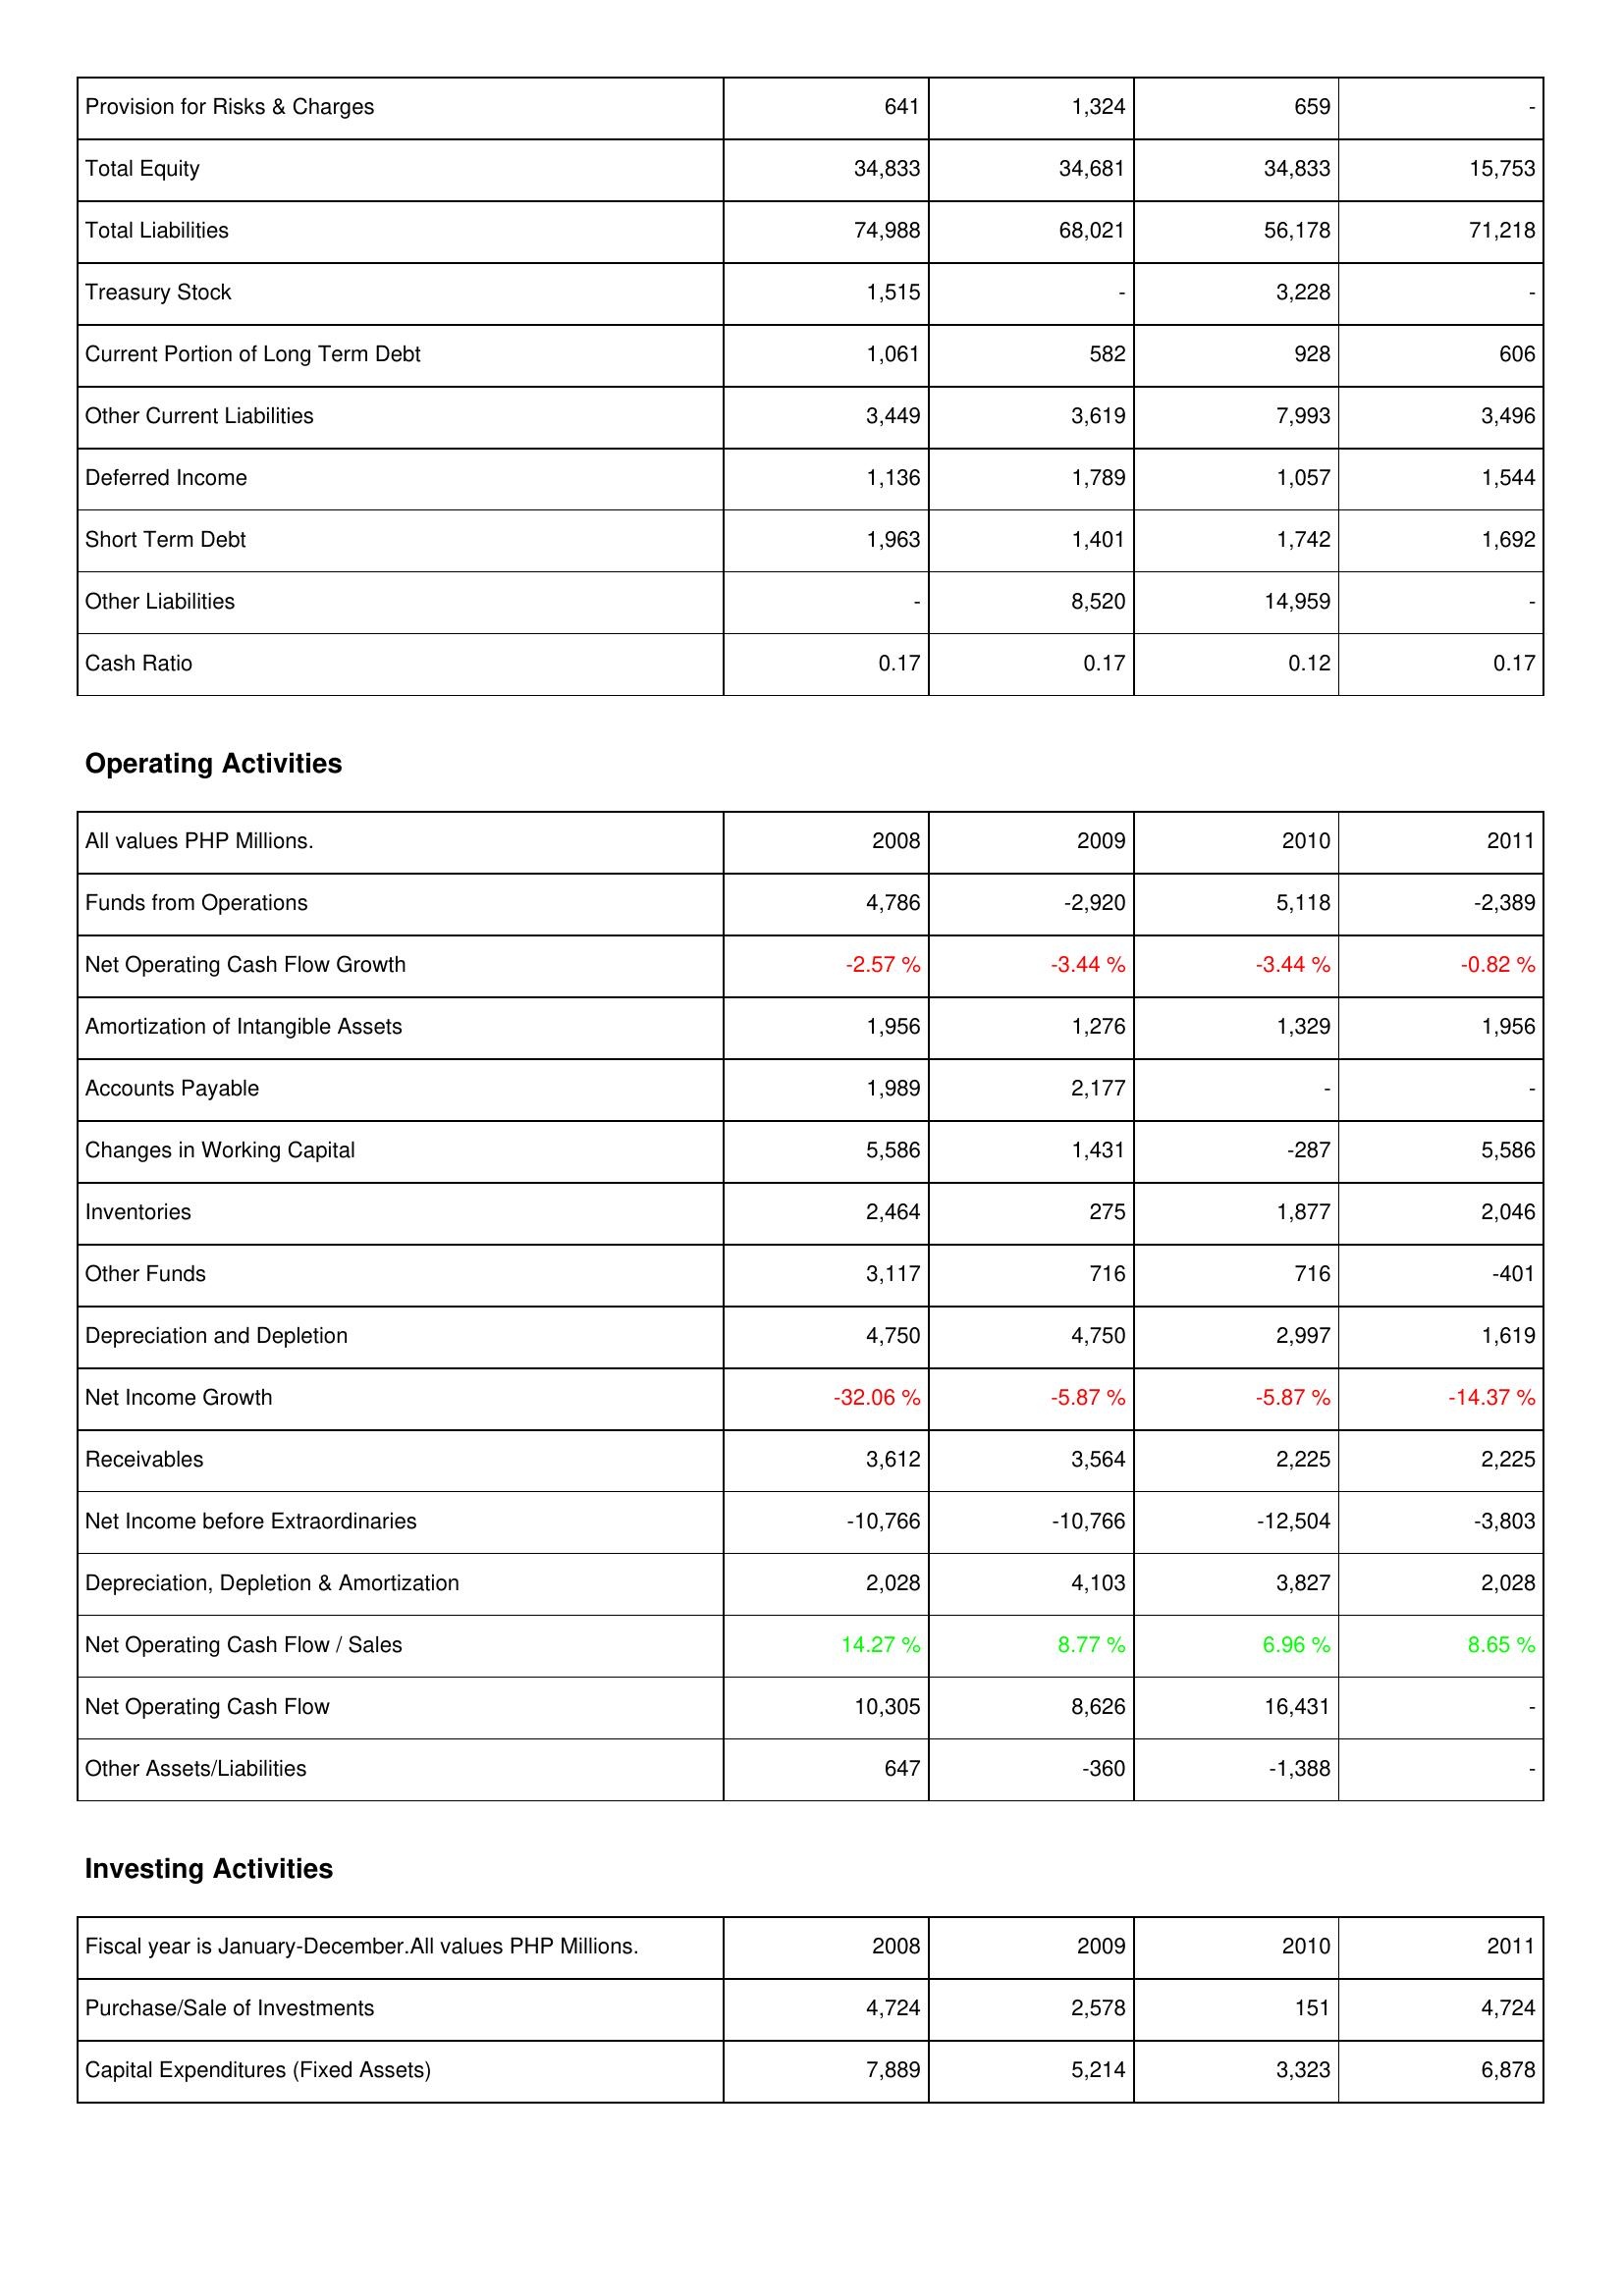
2008: Liabilities & Shareholders' Equity: Provision for Risks & Charges: 641
Total Equity: 34,833
Total Liabilities: 74,988
Treasury Stock: 1,515
Current Portion of Long Term Debt: 1,061
Other Current Liabilities: 3,449
Deferred Income: 1,136
Short Term Debt: 1,963
Other Liabilities: -
Cash Ratio: 0.17
Operating Activities: Funds from Operations: 4,786
Net Operating Cash Flow Growth: -2.57 %
Amortization of Intangible Assets: 1,956
Accounts Payable: 1,989
Changes in Working Capital: 5,586
Inventories: 2,464
Other Funds: 3,117
Depreciation and Depletion: 4,750
Net Income Growth: -32.06 %
Receivables: 3,612
Net Income before Extraordinaries: -10,766
Depreciation, Depletion & Amortization: 2,028
Net Operating Cash Flow / Sales: 14.27 %
Net Operating Cash Flow: 10,305
Other Assets/Liabilities: 647
Investing Activities: Purchase/Sale of Investments: 4,724
Capital Expenditures (Fixed Assets): 7,889
2009: Liabilities & Shareholders' Equity: Provision for Risks & Charges: 1,324
Total Equity: 34,681
Total Liabilities: 68,021
Treasury Stock: -
Current Portion of Long Term Debt: 582
Other Current Liabilities: 3,619
Deferred Income: 1,789
Short Term Debt: 1,401
Other Liabilities: 8,520
Cash Ratio: 0.17
Operating Activities: Funds from Operations: -2,920
Net Operating Cash Flow Growth: -3.44 %
Amortization of Intangible Assets: 1,276
Accounts Payable: 2,177
Changes in Working Capital: 1,431
Inventories: 275
Other Funds: 716
Depreciation and Depletion: 4,750
Net Income Growth: -5.87 %
Receivables: 3,564
Net Income before Extraordinaries: -10,766
Depreciation, Depletion & Amortization: 4,103
Net Operating Cash Flow / Sales: 8.77 %
Net Operating Cash Flow: 8,626
Other Assets/Liabilities: -360
Investing Activities: Purchase/Sale of Investments: 2,578
Capital Expenditures (Fixed Assets): 5,214
2010: Liabilities & Shareholders' Equity: Provision for Risks & Charges: 659
Total Equity: 34,833
Total Liabilities: 56,178
Treasury Stock: 3,228
Current Portion of Long Term Debt: 928
Other Current Liabilities: 7,993
Deferred Income: 1,057
Short Term Debt: 1,742
Other Liabilities: 14,959
Cash Ratio: 0.12
Operating Activities: Funds from Operations: 5,118
Net Operating Cash Flow Growth: -3.44 %
Amortization of Intangible Assets: 1,329
Accounts Payable: -
Changes in Working Capital: -287
Inventories: 1,877
Other Funds: 716
Depreciation and Depletion: 2,997
Net Income Growth: -5.87 %
Receivables: 2,225
Net Income before Extraordinaries: -12,504
Depreciation, Depletion & Amortization: 3,827
Net Operating Cash Flow / Sales: 6.96 %
Net Operating Cash Flow: 16,431
Other Assets/Liabilities: -1,388
Investing Activities: Purchase/Sale of Investments: 151
Capital Expenditures (Fixed Assets): 3,323
2011: Liabilities & Shareholders' Equity: Provision for Risks & Charges: -
Total Equity: 15,753
Total Liabilities: 71,218
Treasury Stock: -
Current Portion of Long Term Debt: 606
Other Current Liabilities: 3,496
Deferred Income: 1,544
Short Term Debt: 1,692
Other Liabilities: -
Cash Ratio: 0.17
Operating Activities: Funds from Operations: -2,389
Net Operating Cash Flow Growth: -0.82 %
Amortization of Intangible Assets: 1,956
Accounts Payable: -
Changes in Working Capital: 5,586
Inventories: 2,046
Other Funds: -401
Depreciation and Depletion: 1,619
Net Income Growth: -14.37 %
Receivables: 2,225
Net Income before Extraordinaries: -3,803
Depreciation, Depletion & Amortization: 2,028
Net Operating Cash Flow / Sales: 8.65 %
Net Operating Cash Flow: -
Other Assets/Liabilities: -
Investing Activities: Purchase/Sale of Investments: 4,724
Capital Expenditures (Fixed Assets): 6,878